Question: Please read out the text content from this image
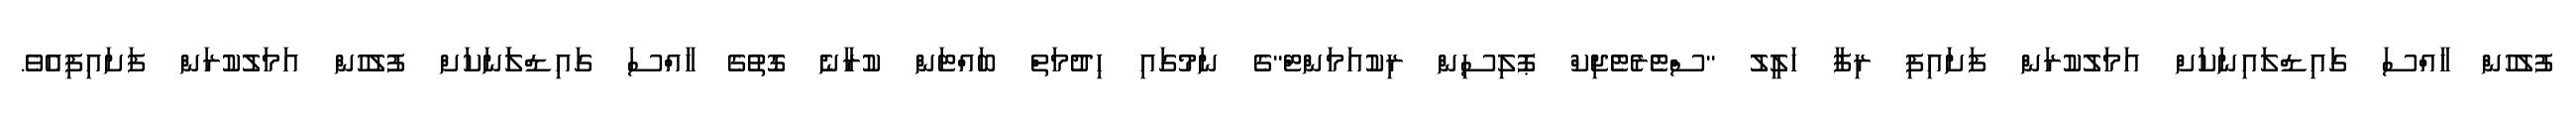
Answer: ފުލުހުން ހާއްސަ ގައިޑްލައިނަކަށް އަމަލުކުރަން ފަށައިފި ރިފާ ހަލީލު "ސްޓެރެޓެޖިކް ޕޮލިސިން ރިކުއަމަންޓް"ގެ ނަމުގައި ހިދުމަތް ބައްޓަން ކުރާނެ ގޮތުގެ ހާއްސަ ގައިޑްލަަނަކަށް ފުލުހުން އަމަލުކުރަން ފަށައިފިއެވެ.